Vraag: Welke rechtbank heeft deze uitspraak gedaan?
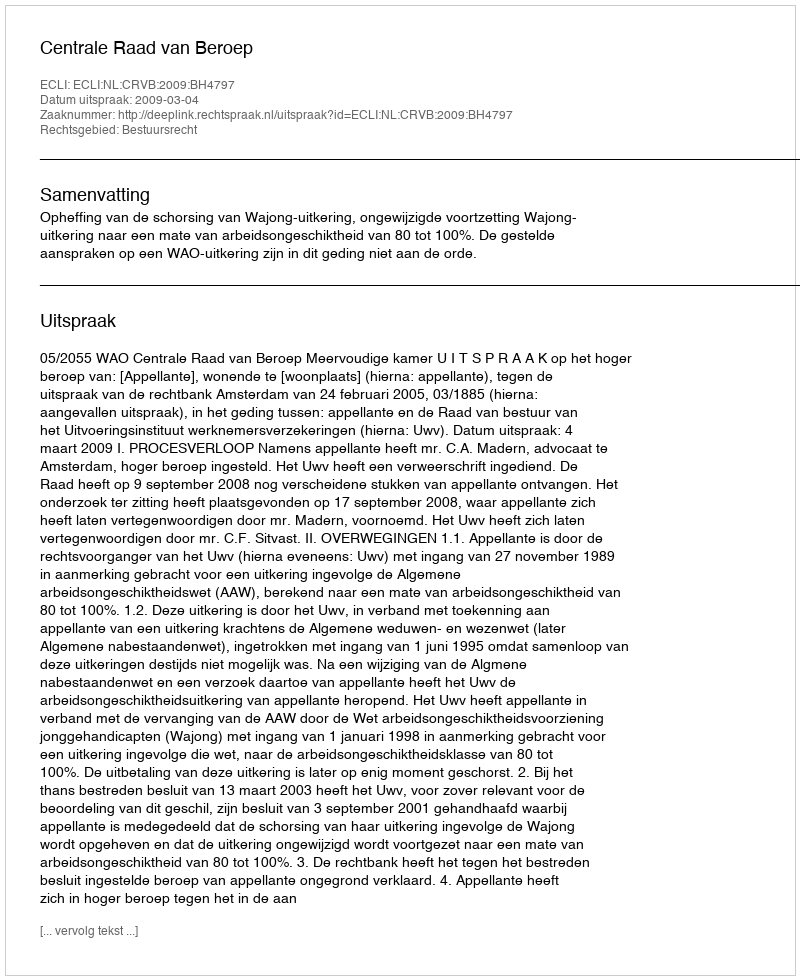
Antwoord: Centrale Raad van Beroep